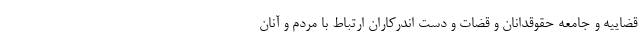
قضاییه و جامعه حقوقدانان و قضات و دست اندرکاران ارتباط با مردم و آنان